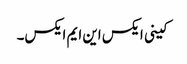
کینی ایکس این ایم ایکس۔